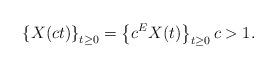
LaTeX: \begin{align*}\left\{X(ct)\right\}_{t\geq0}\stackrel{}{=} \left\{c^E X(t)\right\}_{t\geq0} c>1.\end{align*}